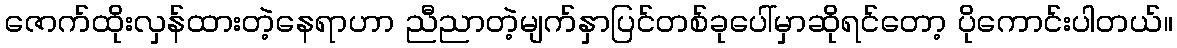
ဇောက်ထိုးလှန်ထားတဲ့နေရာဟာ ညီညာတဲ့မျက်နှာပြင်တစ်ခုပေါ်မှာဆိုရင်တော့ ပိုကောင်းပါတယ်။